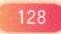
128